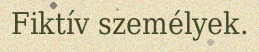
Fiktív személyek.